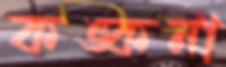
কঙ্কনা